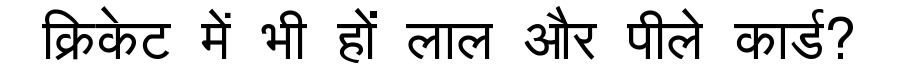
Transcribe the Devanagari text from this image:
क्रिकेट में भी हों लाल और पीले कार्ड?